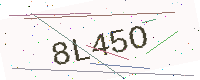
Text: 8L45O